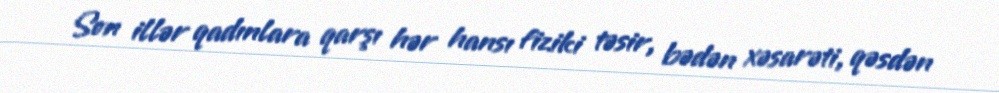
Son illər qadınlara qarşı hər hansı fiziki təsir, bədən xəsarəti, qəsdən